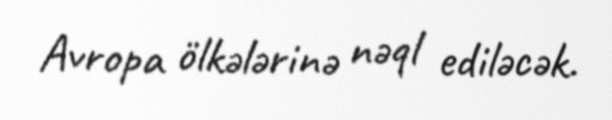
Avropa ölkələrinə nəql ediləcək.